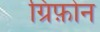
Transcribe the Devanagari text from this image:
ग्रिफ़ोन